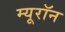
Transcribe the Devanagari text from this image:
म्यूरॉन